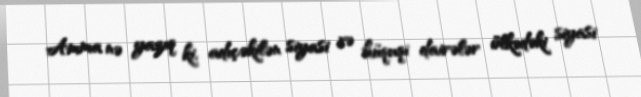
Amma nə yazıq ki, adıçəkilən siyasi və hüquqi dairələr ölkədəki siyasi